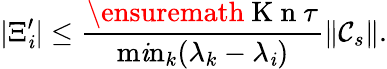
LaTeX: \vert\Xi_{\mathit{i}}^{\prime}\vert\leq\frac{{\ensuremath{{\mathrm{{~K~n~}}}}\tau}}{{\operatorname*{m\mathit{i}n}_{k}(\lambda_{k}-\lambda_{\mathit{i}})}}\| \mathcal{C}_{s}\| .